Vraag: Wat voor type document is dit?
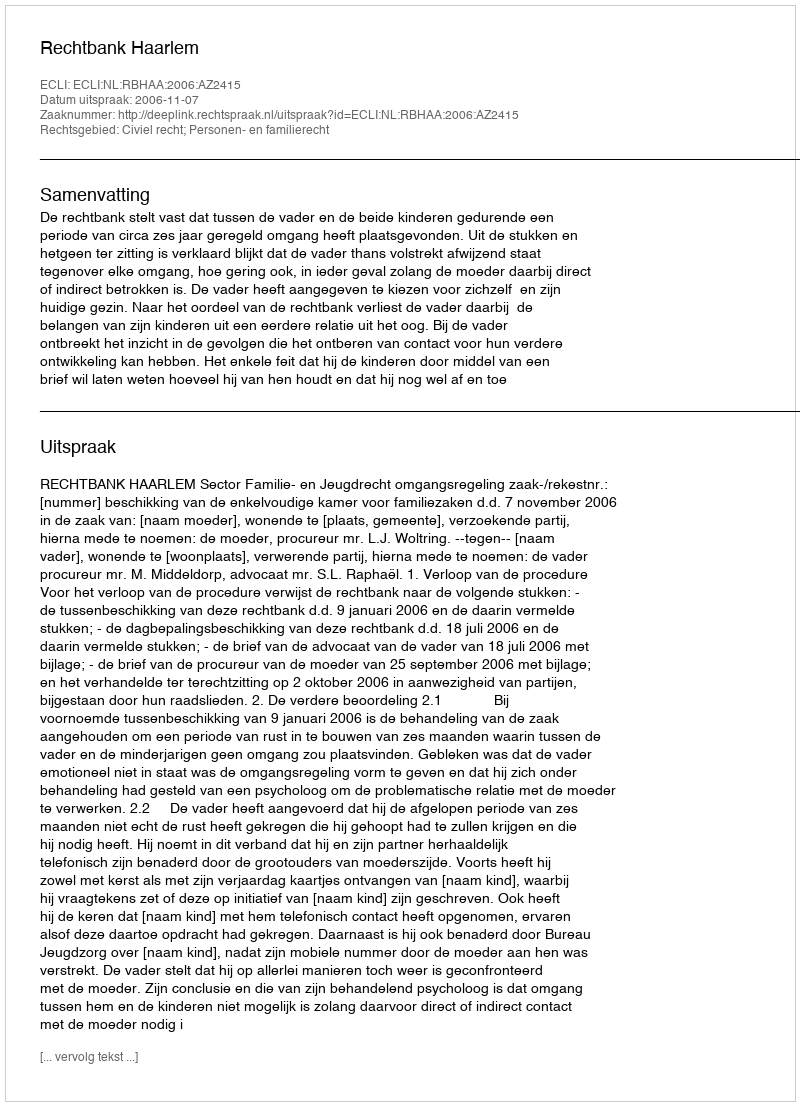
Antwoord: Uitspraak